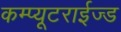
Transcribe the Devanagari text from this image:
कम्प्यूटराईज्ड